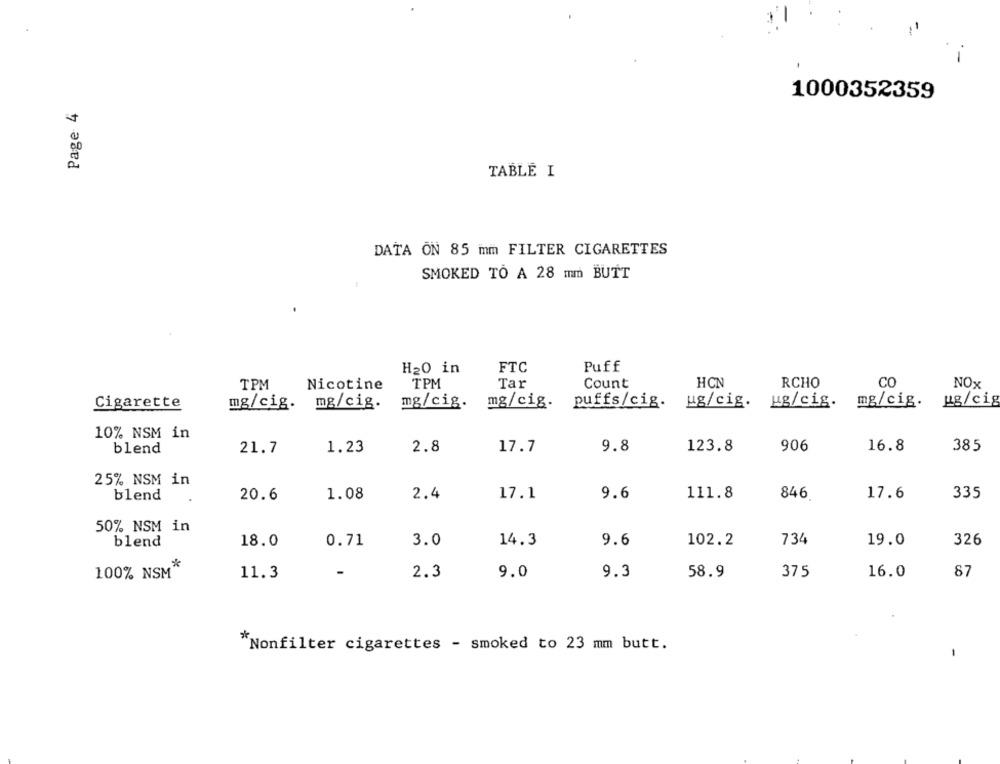
1000352359
Page 4
TABLE I
DATA ON 85 mm FILTER CIGARETTES
SMOKED TO A 28 mm BUTT
Puff
H20 in
FTC
HCN
RCHO
CO
TPM
Nicotine
TPM
Tar
Count
NOx
Cigarette
mg/cig.
mg/cig.
mg/cig.
mg/cig.
puffs/cig.
ug/cig.
ug/cig. mg/cig.
ug/cig
10% NSM in
blend
21.7
1.23
2.8
17.7
9.8
123.8
906
16.8
385
25% NSM in
blend
20.6
1.08
2.4
17.1
9.6
111.8
846
17.6
335
50% NSM in
blend
18.0
0.71
3.0
14.3
9.6
102.2
734
19.0
326
100% NSM*
-
2.3
9.0
9.3
58.9
375
16.0
87
11.3
"Nonfilter cigarettes - smoked to 23 mm butt.